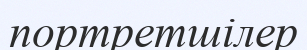
портретшілер